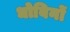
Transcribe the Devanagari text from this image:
धोबिनों